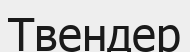
Твендер